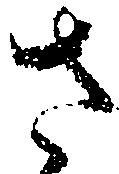
さ